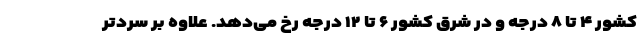
کشور ۴ تا ۸ درجه و در شرق کشور ۶ تا ۱۲ درجه رخ می‌دهد. علاوه بر سرد‌تر